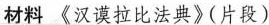
材料 《汉谟拉比法典》(片段)